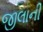
જીલાની